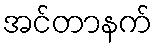
အင်တာနက်